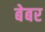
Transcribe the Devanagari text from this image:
बेबर